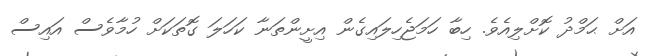
އަށް ޙަމްދު ކޮށްލިއެވެ. ހިބާ ހަމަޖެހިލައިގެން އިށީންތަނާ ކަހަލަ ގޮތަކަށް ހުމާވެސް އައިސް